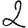
Digit: 2